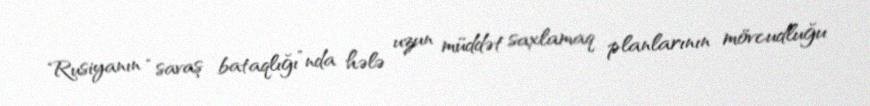
Rusiyanın “savaş bataqlığı”nda hələ uzun müddət saxlamaq planlarının mövcudluğu